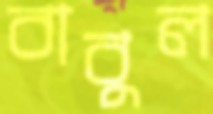
বাবুল